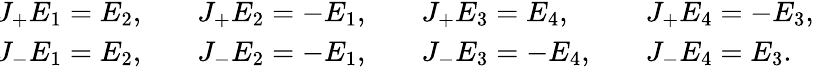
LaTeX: \! \begin{array}{rlrlrl}{J_{+}E_{1}=E_{2},}&{\quad J_{+}E_{2}=-E_{1},}&&{J_{+}E_{3}=E_{4},}&&{J_{+}E_{4}=-E_{3},}\\ {J_{-}E_{1}=E_{2},}&{\quad J_{-}E_{2}=-E_{1},}&&{J_{-}E_{3}=-E_{4},}&&{J_{-}E_{4}=E_{3}.}\end{array}